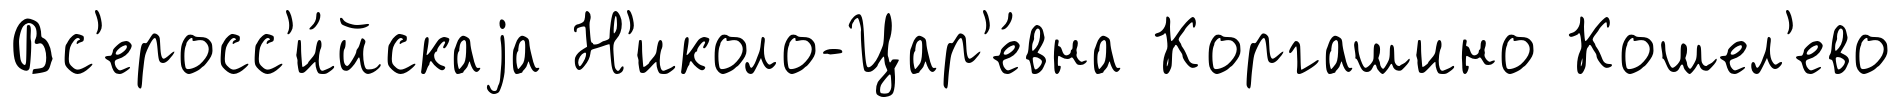
Вс'еросс'и́йскаjа Н'иколо-Цар'е́вна Коргашино Кошел'ево